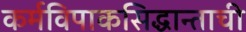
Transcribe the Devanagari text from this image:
कर्मविपाकसिद्धान्ताची